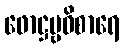
ဖောဋ္ဌဗ္ဗဝိစာရေ